Annual administration report of the Civil Veterinary Department of India - 1901-1902
Year: 1901
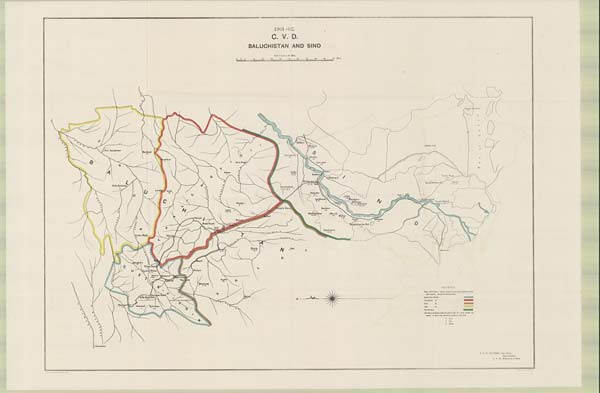
1901-02.
C. V. D.
BALUCHISTAN AND SIND